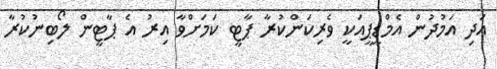
އަދި އަމުދުން އެމްޑީޕީއަކީ ވެރިކަންކުރާ ޕާޓީ ކަމަށްވާ އިރު އެ ޕާޓީން ލޯބިނުކުރާ